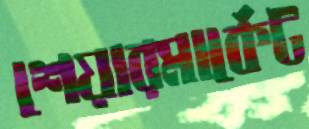
শেয়ারমার্কেট